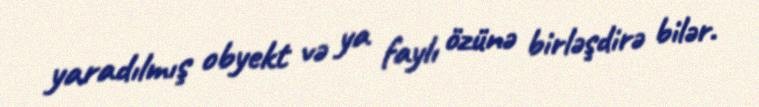
yaradılmış obyekt və ya faylı özünə birləşdirə bilər.